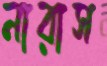
নারাস